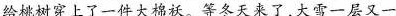
给桃树穿上了一件大棉袄。等冬天来了大雪一层又一